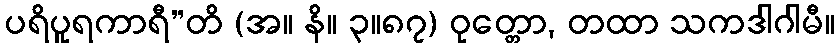
ပရိပူရကာရီ”တိ (အ။ နိ။ ၃။၈၇) ဝုတ္တော, တထာ သကဒါဂါမီ။